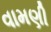
વામણી